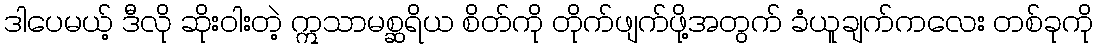
ဒါပေမယ့် ဒီလို ဆိုးဝါးတဲ့ ဣသာမစ္ဆရိယ စိတ်ကို တိုက်ဖျက်ဖို့အတွက် ခံယူချက်ကလေး တစ်ခုကို